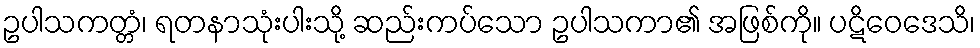
ဥပါသကတ္တံ၊ ရတနာသုံးပါးသို့ ဆည်းကပ်သော ဥပါသကာ၏ အဖြစ်ကို။ ပဋိဝေဒေသိ၊